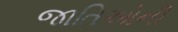
જાતિઓની